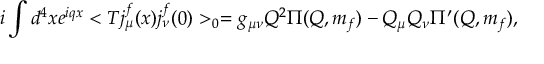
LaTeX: i \int d ^ { 4 } x e ^ { i q x } < T j _ { \mu } ^ { f } ( x ) j _ { \nu } ^ { f } ( 0 ) > _ { 0 } = g _ { \mu \nu } Q ^ { 2 } \Pi ( Q , m _ { f } ) - Q _ { \mu } Q _ { \nu } \Pi ^ { \prime } ( Q , m _ { f } ) ,